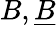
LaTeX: B,{\underline{{B}}}